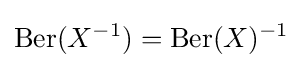
\operatorname {Ber} (X^{-1})=\operatorname {Ber} (X)^{-1}